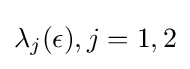
\lambda _{j}(\epsilon ),j=1,2